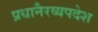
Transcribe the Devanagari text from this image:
प्रधानैरव्यपदेश